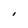
Character: I